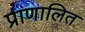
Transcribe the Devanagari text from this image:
प्राणालित